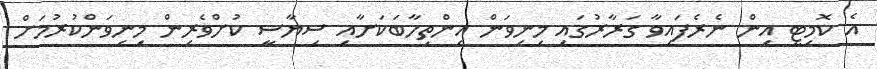
އެ ކޮމިޓީ އިން ނެރެފައިވާ ގަރާރުގައި މިނިވަން އިންތިހާބަކަށާއި ސިޔާސީ ކުށްވެރިން މިނިވަންކުރުމަށް